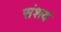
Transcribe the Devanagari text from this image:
संशयं